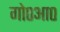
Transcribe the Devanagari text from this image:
गो०आ०